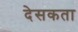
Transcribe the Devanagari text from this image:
देसकता